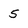
Character: 5